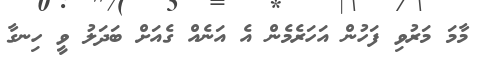
މާމަ މަރުވި ފަހުން އަހަރެމެން އެ އަނެއް ގެއަށް ބަދަލު ވީ ހިނގާ